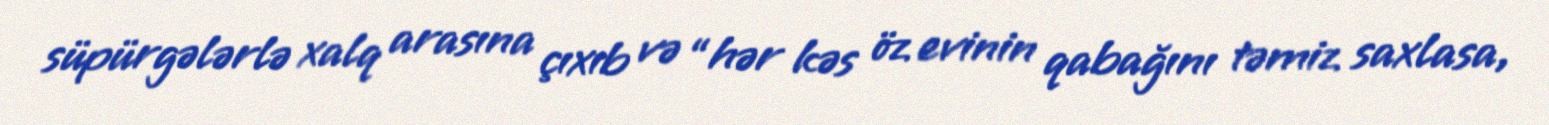
süpürgələrlə xalq arasına çıxıb və “hər kəs öz evinin qabağını təmiz saxlasa,